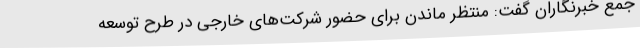
جمع خبرنگاران گفت: منتظر ماندن برای حضور شرکت‌های خارجی در طرح توسعه